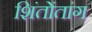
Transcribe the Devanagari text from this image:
शिंतोंतांग